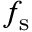
f _ { \mathrm { s } }